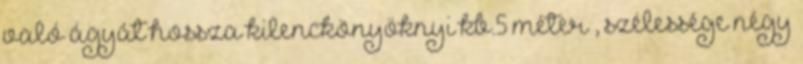
való ágyát hossza kilenckönyöknyi kb.5 méter , szélessége négy